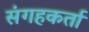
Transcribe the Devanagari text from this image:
संगहकर्ता